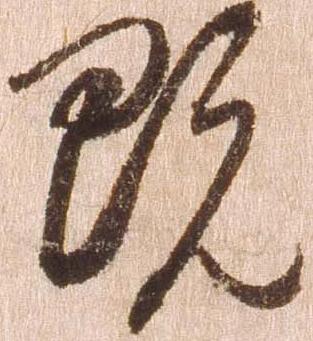
既